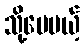
သို့ပေမယ့်